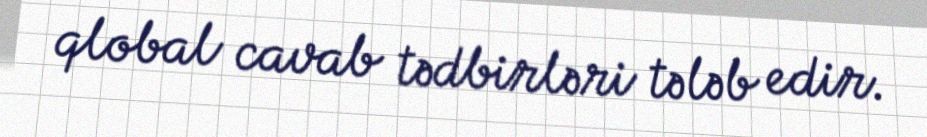
qlobal cavab tədbirləri tələb edir.